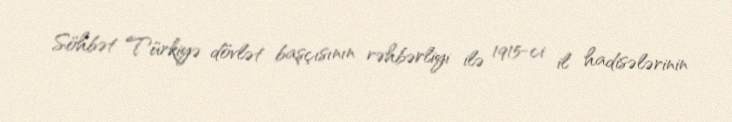
Söhbət Türkiyə dövlət başçısının rəhbərliyi ilə 1915-ci il hadisələrinin